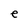
Character: e